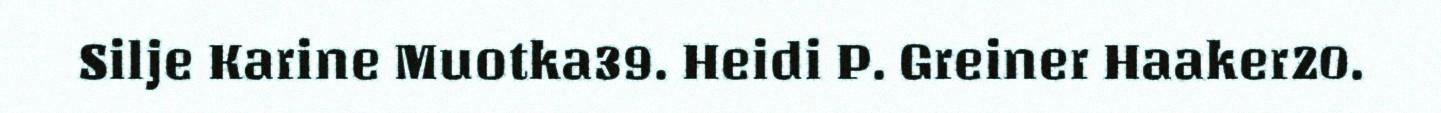
Silje Karine Muotka39. Heidi P. Greiner Haaker20.